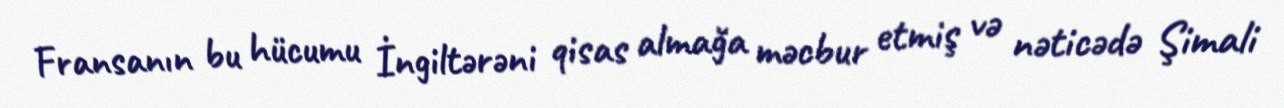
Fransanın bu hücumu İngiltərəni qisas almağa məcbur etmiş və nəticədə Şimali